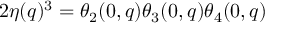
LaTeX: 2 \eta ( q ) ^ { 3 } = \theta _ { 2 } ( 0 , q ) \theta _ { 3 } ( 0 , q ) \theta _ { 4 } ( 0 , q )